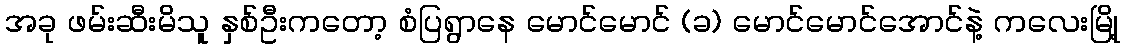
အခု ဖမ်းဆီးမိသူ နှစ်ဦးကတော့ စံပြရွာနေ မောင်မောင် (ခ) မောင်မောင်အောင်နဲ့ ကလေးမြို့